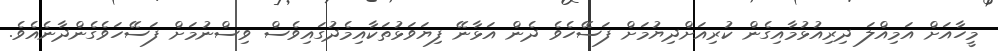
މީހާއަށް އަމިއްލަ ދިރިއުޅުމާއިގެން ކުރިއަށްދިޔުމަށް ފަސޭހެވެ ދެން އަޅާނޭ ފިޔަވަޅުތަކާއިމެދުގައިވެސް ވިސްނުމަށް ފަސޭހަވެގެންދާނެއެވެ.